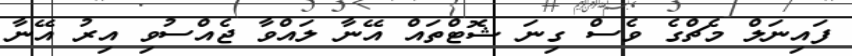
ފައިނަލް މެޗްގެ ވެސް ގިނަ ޝޮޓްތައް އޭނާ ލައްވާ ޖެއްސުވި އިރު އޭނާ